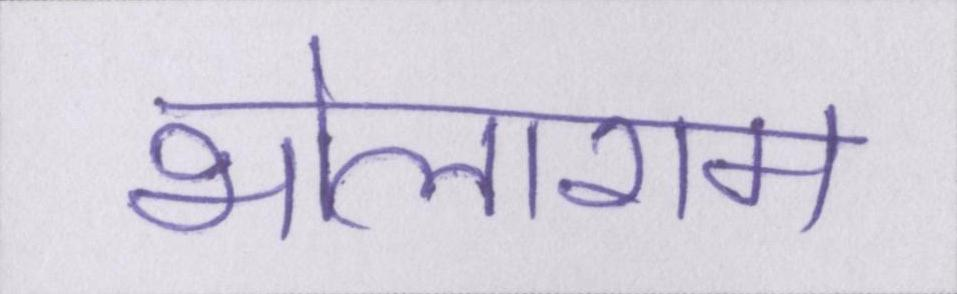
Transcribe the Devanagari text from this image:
भोलाराम